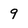
Character: 9